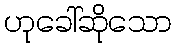
ဟုခေါ်ဆိုသော